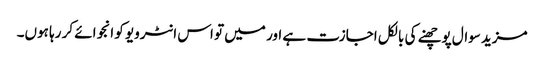
مزید سوال پوچھنے کی بالکل اجازت ہے اور میں تو اس انٹرویو کو انجوائے کر رہا ہوں۔